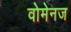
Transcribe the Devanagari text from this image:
वोमेनज